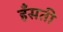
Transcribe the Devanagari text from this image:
हँसती